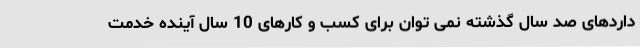
داردهای صد سال گذشته نمی توان برای کسب و کارهای 10 سال آینده خدمت